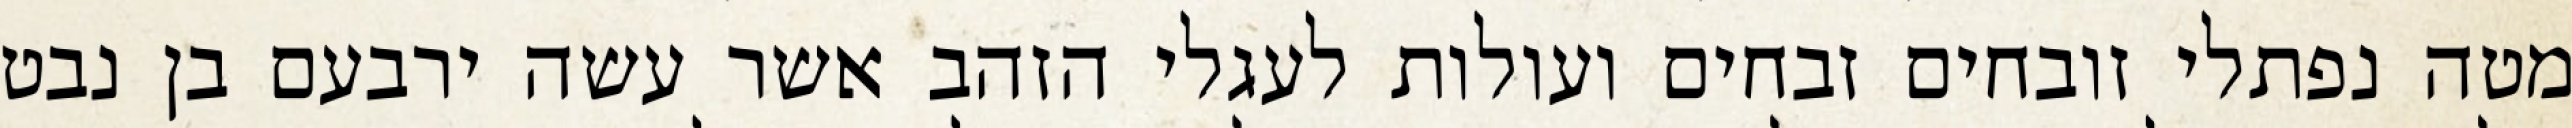
מטה נפתלי זובחים זבחים ועולות לעגלי הזהב אשר עשה ירבעם בן נבט